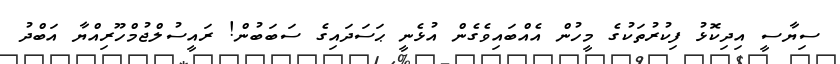
ސިޔާސީ އިދިކޮޅު ފިކުރުތަކުގެ މީހުން އެއްބައިވެގެން އުޅެނީ ޙަސަދައިގެ ސަބަބުން! ރައީސުލްޖުމްހޫރިއްޔާ އަބްދު